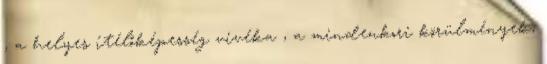
, a helyes ítélőképesség vivéka , a mindenkori körülmények,